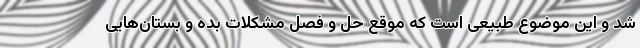
شد و این موضوع طبیعی است که موقع حل و فصل مشکلات بده و بستان‌هایی